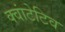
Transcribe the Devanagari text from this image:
क्वांटेटिव